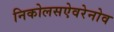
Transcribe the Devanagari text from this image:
निकोलसऐवरेनोव